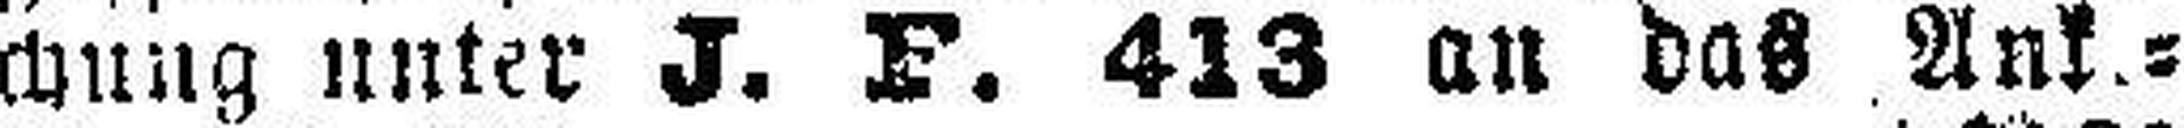
chung unter J. F. 413 an das Ank.=